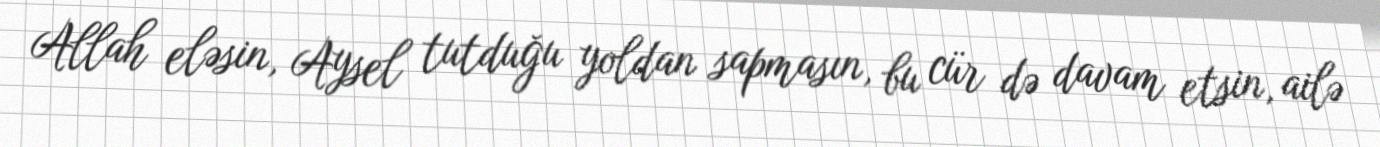
Allah eləsin, Aysel tutduğu yoldan sapmasın, bu cür də davam etsin, ailə